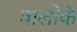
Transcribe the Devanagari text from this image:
वालोंके